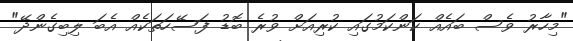
"މިހާރު ވެސް ބައެއް ކަންކަމުގައި ކުރިއަށް ވުރެ ބޮޑު ފަސޭހަތަކެއް އެބަ ލިބިގެންދޭ"